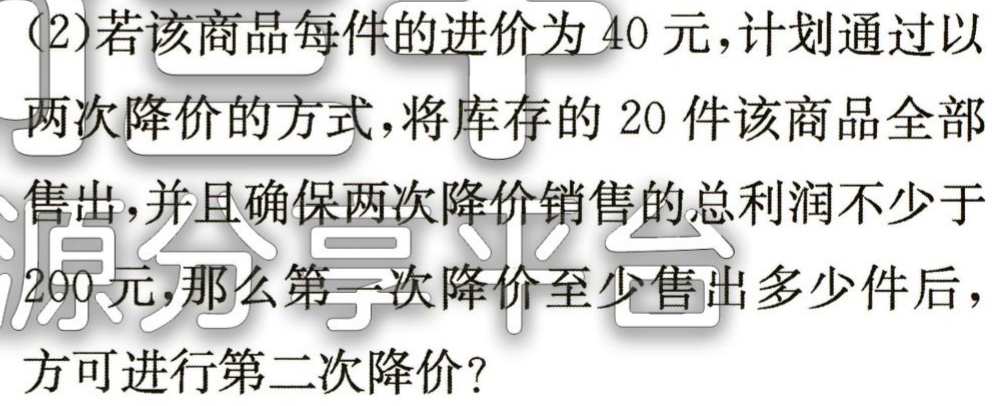
(2)若该商品每件的进价为40元，计划通过以

两次降价的方式，将库存的20件该商品全部

售出，并且确保两次降价销售的总利润不少于

200元，那么第一次降价至少售出多少件后，

方可进行第二次降价？